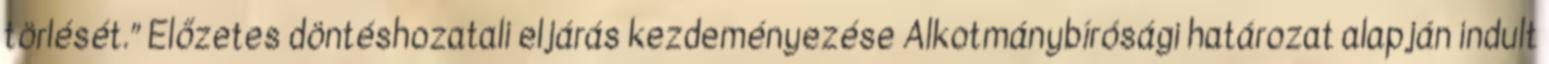
törlését.” Előzetes döntéshozatali eljárás kezdeményezése Alkotmánybírósági határozat alapján indult